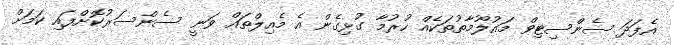
އެފަދަ ސެންސިޓިވް މައުލޫމާތުތަކެއް ހުރުމާ ގުޅިގެން އެ މެއިލްތައް ވަނީ ސެންސަރުކޮށްފައި ކަމަށް